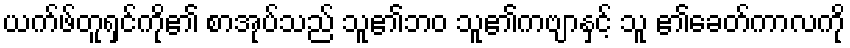
ယက်ဖ်တူရှင်ကို၏ စာအုပ်သည် သူ၏ဘဝ သူ၏ကဗျာနှင့် သူ ၏ခေတ်ကာလကို